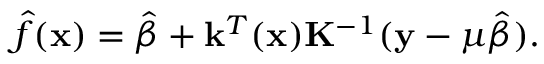
\hat { f } ( \mathbf { x } ) = \hat { \beta } + \mathbf { k } ^ { T } ( \mathbf { x } ) \mathbf { K } ^ { - 1 } ( \mathbf { y } - \boldsymbol { \mu } \hat { \beta } ) .